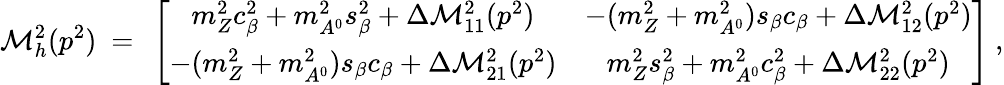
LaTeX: {\cal M}_{h}^{2}(p^{2})\ =\ \left[\begin{array}{cc}{{m_{Z}^{2}c_{\beta}^{2}+m_{A^{0}}^{2}s_{\beta}^{2}+\Delta{\cal M}_{11}^{2}(p^{2})}}&{{-(m_{Z}^{2}+m_{A^{0}}^{2})s_{\beta}c_{\beta}+\Delta{\cal M}_{12}^{2}(p^{2})}}\\ {{-(m_{Z}^{2}+m_{A^{0}}^{2})s_{\beta}c_{\beta}+\Delta{\cal M}_{21}^{2}(p^{2})}}&{{m_{Z}^{2}s_{\beta}^{2}+m_{A^{0}}^{2}c_{\beta}^{2}+\Delta{\cal M}_{22}^{2}(p^{2})}}\end{array}\right]\ ,